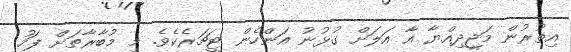
އިތުރުން މަޖީދިއްޔާ އާ އަލަށް ގުޅުނު އަންހެން ޓީޗަރެކެވެ. މި މުބާރާތަށް ފަހު